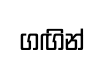
ගඟින්